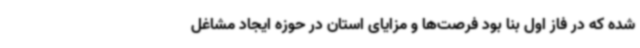
شده که در فاز اول بنا بود فرصت‌ها و مزایای استان در حوزه ایجاد مشاغل